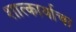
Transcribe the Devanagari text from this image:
शात्कार्याचा